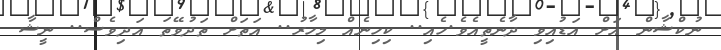
ނުކްޝާން އަށް އަޑުއިވި ދާނެތީއެވެ.ހެއި.. ކިހިނެއް މިހާރު.. އަތަށް ތަދުވޭތަ އަދިވެސް.. ނީޝާ